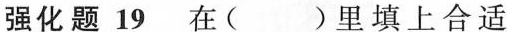
强化题 19 在( )里填上合适